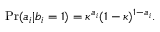
\mathrm { P r } ( a _ { i } | b _ { i } = 1 ) = \kappa ^ { a _ { i } } ( 1 - \kappa ) ^ { 1 - a _ { i } } .